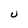
Character: U